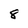
Character: 8